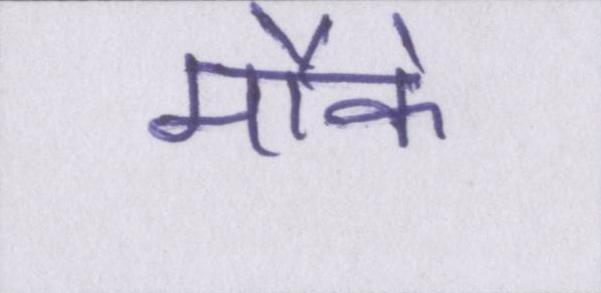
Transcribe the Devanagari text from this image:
मौके